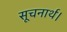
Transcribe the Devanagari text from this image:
सूचनार्थ।